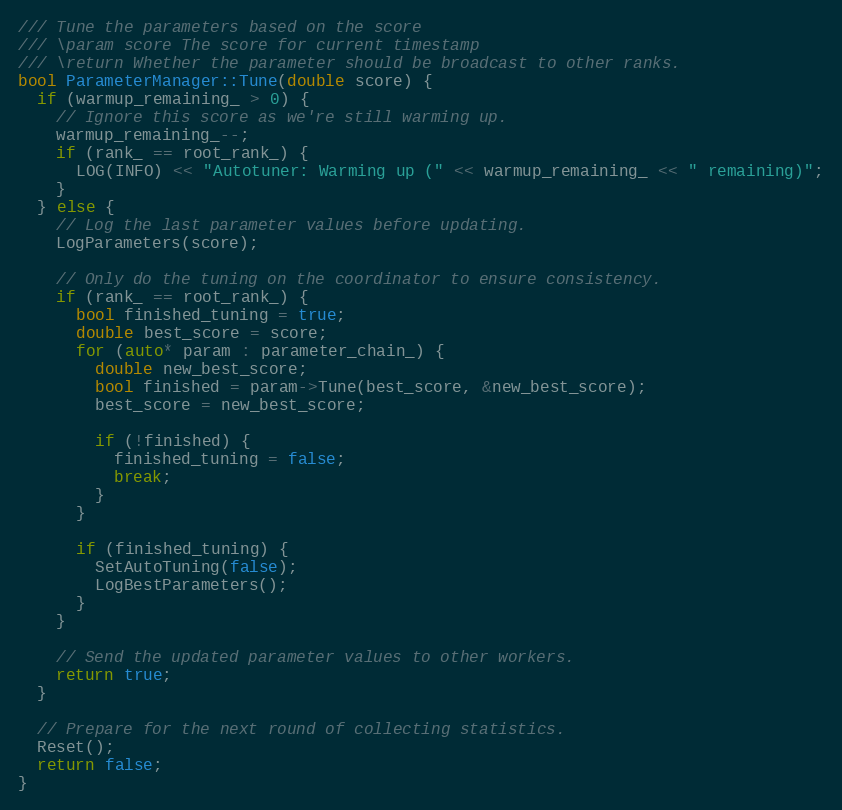
Language: C++
/// Tune the parameters based on the score
/// \param score The score for current timestamp
/// \return Whether the parameter should be broadcast to other ranks.
bool ParameterManager::Tune(double score) {
  if (warmup_remaining_ > 0) {
    // Ignore this score as we're still warming up.
    warmup_remaining_--;
    if (rank_ == root_rank_) {
      LOG(INFO) << "Autotuner: Warming up (" << warmup_remaining_ << " remaining)";
    }
  } else {
    // Log the last parameter values before updating.
    LogParameters(score);

    // Only do the tuning on the coordinator to ensure consistency.
    if (rank_ == root_rank_) {
      bool finished_tuning = true;
      double best_score = score;
      for (auto* param : parameter_chain_) {
        double new_best_score;
        bool finished = param->Tune(best_score, &new_best_score);
        best_score = new_best_score;

        if (!finished) {
          finished_tuning = false;
          break;
        }
      }

      if (finished_tuning) {
        SetAutoTuning(false);
        LogBestParameters();
      }
    }

    // Send the updated parameter values to other workers.
    return true;
  }

  // Prepare for the next round of collecting statistics.
  Reset();
  return false;
}